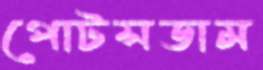
পোটসডাম